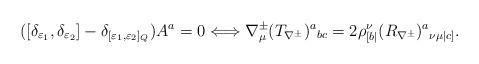
LaTeX: \begin{align*}([\delta_{\varepsilon_1},\delta_{\varepsilon_2}]-\delta_{[\varepsilon_1,\varepsilon_2]_Q})A^a=0\Longleftrightarrow \nabla^\pm_\mu (T_{\nabla^\pm})^a{}_{bc }=2\rho^\nu_{[b|}(R_{\nabla^\pm})^a{}_{\nu\mu|c]}.\end{align*}